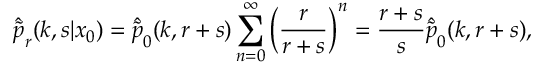
\hat { \tilde { p } } _ { r } ( k , s | x _ { 0 } ) = \hat { \tilde { p } } _ { 0 } ( k , r + s ) \sum _ { n = 0 } ^ { \infty } \left( \frac { r } { r + s } \right) ^ { n } = \frac { r + s } { s } \hat { \tilde { p } } _ { 0 } ( k , r + s ) ,